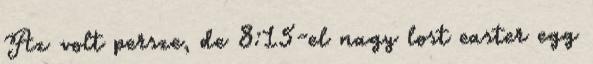
Az volt persze, de 8:15-el nagy lost easter egg